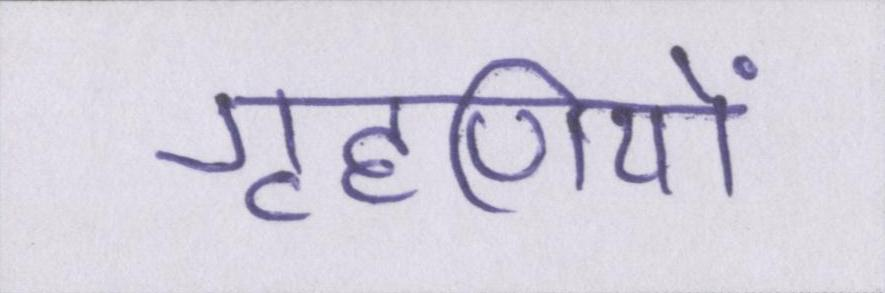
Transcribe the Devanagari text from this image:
गृहणियों